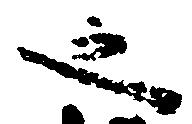
之